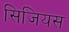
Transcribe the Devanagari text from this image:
सिजियस